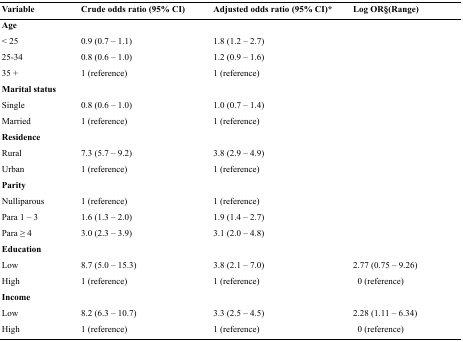
<table><thead><tr><td><b>Variable</b></td><td><b>Crude odds ratio (95% CI)</b></td><td><b>Adjusted odds ratio (95% CI)*</b></td><td><b>Log OR§(Range)</b></td></tr></thead><tbody><tr><td colspan="4"><b>Age</b></td></tr><tr><td>&lt; 25</td><td>0.9 (0.7 – 1.1)</td><td>1.8 (1.2 – 2.7)</td><td></td></tr><tr><td>25-34</td><td>0.8 (0.6 – 1.0)</td><td>1.2 (0.9 – 1.6)</td><td></td></tr><tr><td>35 +</td><td>1 (reference)</td><td>1 (reference)</td><td></td></tr><tr><td colspan="4"><b>Marital status</b></td></tr><tr><td>Single</td><td>0.8 (0.6 – 1.0)</td><td>1.0 (0.7 – 1.4)</td><td></td></tr><tr><td>Married</td><td>1 (reference)</td><td>1 (reference)</td><td></td></tr><tr><td colspan="4"><b>Residence</b></td></tr><tr><td>Rural</td><td>7.3 (5.7 – 9.2)</td><td>3.8 (2.9 – 4.9)</td><td></td></tr><tr><td>Urban</td><td>1 (reference)</td><td>1 (reference)</td><td></td></tr><tr><td colspan="4"><b>Parity</b></td></tr><tr><td>Nulliparous</td><td>1 (reference)</td><td>1 (reference)</td><td></td></tr><tr><td>Para 1 – 3</td><td>1.6 (1.3 – 2.0)</td><td>1.9 (1.4 – 2.7)</td><td></td></tr><tr><td>Para ≥ 4</td><td>3.0 (2.3 – 3.9)</td><td>3.1 (2.0 – 4.8)</td><td></td></tr><tr><td colspan="4"><b>Education</b></td></tr><tr><td>Low</td><td>8.7 (5.0 – 15.3)</td><td>3.8 (2.1 – 7.0)</td><td>2.77 (0.75 – 9.26)</td></tr><tr><td>High</td><td>1 (reference)</td><td>1 (reference)</td><td>0 (reference)</td></tr><tr><td colspan="4"><b>Income</b></td></tr><tr><td>Low</td><td>8.2 (6.3 – 10.7)</td><td>3.3 (2.5 – 4.5)</td><td>2.28 (1.11 – 6.34)</td></tr><tr><td>High</td><td>1 (reference)</td><td>1 (reference)</td><td>0 (reference)</td></tr></tbody></table>